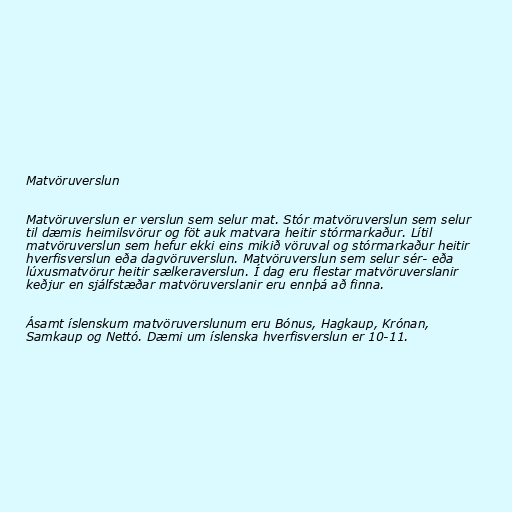
Matvöruverslun

Matvöruverslun er verslun sem selur mat. Stór matvöruverslun sem selur
til dæmis heimilsvörur og föt auk matvara heitir stórmarkaður. Lítil
matvöruverslun sem hefur ekki eins mikið vöruval og stórmarkaður heitir
hverfisverslun eða dagvöruverslun. Matvöruverslun sem selur sér- eða
lúxusmatvörur heitir sælkeraverslun. Í dag eru flestar matvöruverslanir
keðjur en sjálfstæðar matvöruverslanir eru ennþá að finna.

Ásamt íslenskum matvöruverslunum eru Bónus, Hagkaup, Krónan,
Samkaup og Nettó. Dæmi um íslenska hverfisverslun er 10-11.